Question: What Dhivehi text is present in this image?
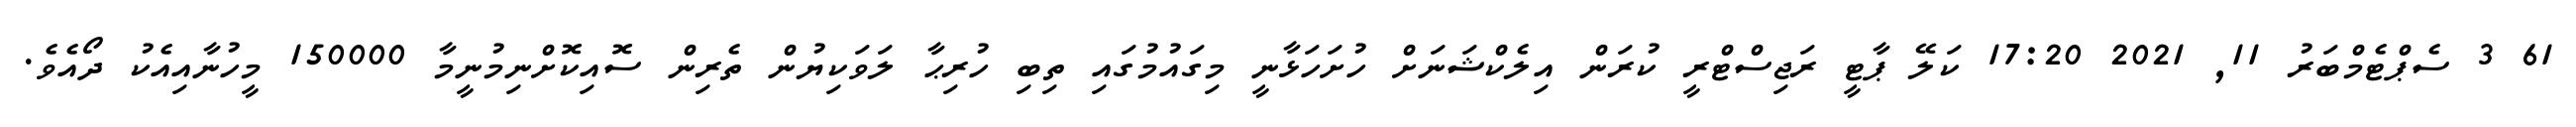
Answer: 61 3 ސެޕްޓެމްބަރު 11, 2021 17:20 ކަލޭ ޕާޓީ ރަޖިސްޓްރީ ކުރަން އިލެކްޝަނަށް ހުށަހަޅާނީ މިގައުމުގައި ތިބި ހުރިޙާ ލަވަކިޔުން ތެރިން ސޮއިކޮށްނިމުނީމާ 150000 މީހުނާއިއެކު ދޯއެވެ.